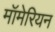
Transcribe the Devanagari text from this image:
मॉमेरियन